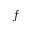
f